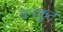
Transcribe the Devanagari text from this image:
वनकुटे